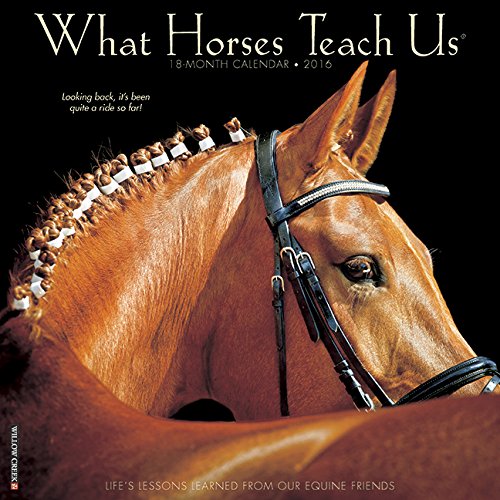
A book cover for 2016 What Horses Teach Us Wall Calendar; Willow Creek Press; Calendars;